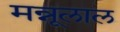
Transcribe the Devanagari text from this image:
मन्नूलाल